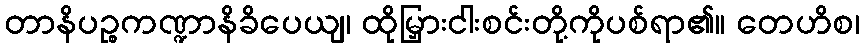
တာနိပဉ္စကဏ္ဍာနိခိပေယျ၊ ထိုမြှားငါးစင်းတို့ကိုပစ်ရာ၏။ တေဟိစ၊